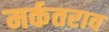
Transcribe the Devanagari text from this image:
मर्कतराव